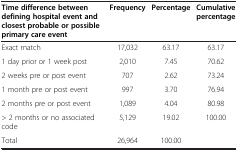
| Time difference between defining hospital event and closest probable or possible primary care event | Frequency | Percentage | Cumulative percentage |
 | --- | --- | --- | --- |
 | Exact match | 17,032 | 63.17 | 63.17 |
 | 1 day prior or 1 week post | 2,010 | 7.45 | 70.62 |
 | 2 weeks pre or post event | 707 | 2.62 | 73.24 |
 | 1 month pre or post event | 997 | 3.70 | 76.94 |
 | 2 months pre or post event | 1,089 | 4.04 | 80.98 |
 | > 2 months or no associated code | 5,129 | 19.02 | 100.00 |
 | Total | 26,964 | 100.00 |  |